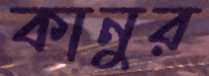
কানুর